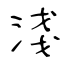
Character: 淺